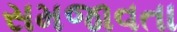
સમજાવતા